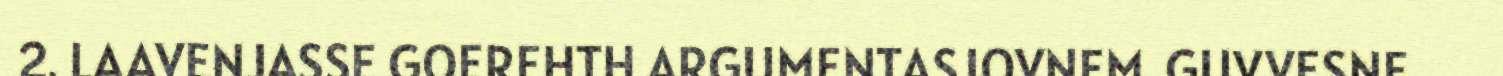
2. LAAVENJASSE GOEREHTH ARGUMENTASJOVNEM. GUVVESNE